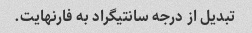
تبدیل از درجه سانتیگراد به فارنهایت.